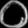
Digit: ၀